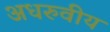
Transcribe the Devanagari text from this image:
अधरुवीय